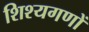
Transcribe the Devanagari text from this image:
शिश्यगणों